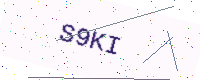
Text: S9KI